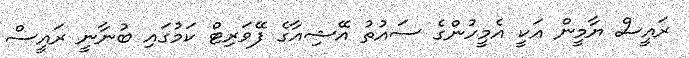
ރައީސް ޔާމީން އަކީ އެމީހުންގެ ސައުތު އޭޝިއާގެ ފޭވަރިޓް ކަމުގައި ބުނާނީ ރައީސް